Sketch of the medical history of the native army of Bombay, for the year
Year: 1876
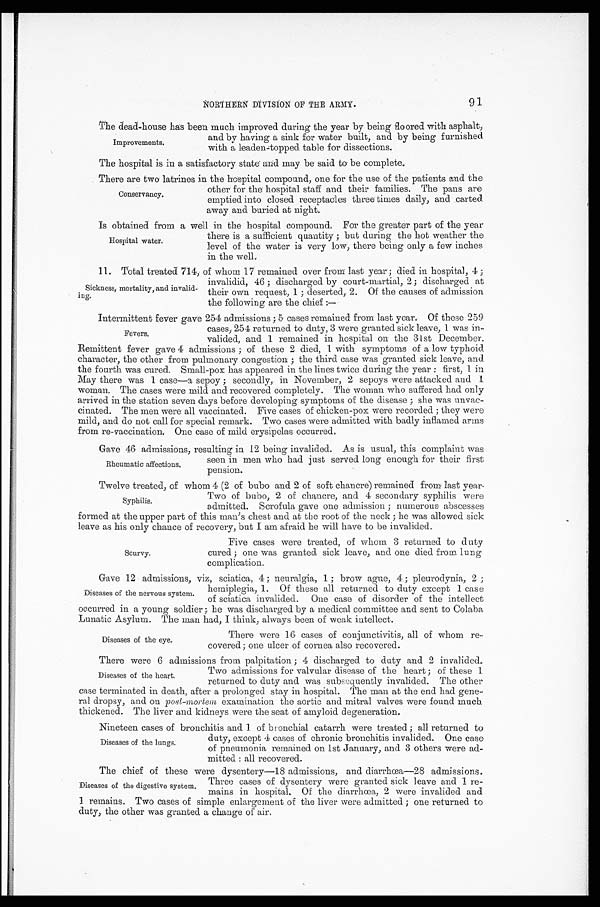
91
NORTHERN DIVISION OF THE ARMY.
The dead-house has been much improved during the year by being floored with asphalt,
and by having a sink for water built, and by being furnished
with a leaden-topped table for dissections.
The hospital is in a satisfactory state and may be said to be complete.
There are two latrines in the hospital compound, one for the use of the patients and the
other for the hospital staff and their families. The pans are
emptied into closed receptacles three times daily, and carted
a
w a y a n d b u r i e d a t n i g h t .
Is obtained from a well in the hospital compound. For the greater part of the year
there is a sufficient quantity; but during the hot weather the
level of the water is very low, there being only a few inches
in the well.
11. Total treated 714, of whom 17 remained over from last year; died in hospital, 4;
invalidid, 46; discharged by court-martial, 2; discharged at
their own request, 1; deserted, 2. Of the causes of admission
the following are the chief:—
Intermittent fever gave 254 admissions; 5 cases remained from last year. Of these 259
cases, 254 returned to duty, 3 were granted sick leave, 1 was in
-
valided, and 1 remained in hospital on the 31st December.
Remittent fever gave 4 admissions; of these 2 died, 1 with symptoms of a low typhoid
character, the other from pulmonary congestion; the third case was granted sick leave, and
the fourth was cured. Small-pox has appeared in the lines twice during the year: first, 1 in
May there was 1 case—a sepoy; secondly, in November, 2 sepoys were attacked and 1
woman. The cases were mild and recovered completely. The woman who suffered had only
arrived in the station seven days before developing symptoms of the disease; she was unvac--
cinated. The men were all vaccinated. Five cases of chicken-pox were recorded; they were
mild, and do not call for special remark. Two cases were admitted with badly inflamed arms.
from re-vaccination. One case of mild erysipelas occurred.
Gave 46 admissions, resulting in 12 being invalided. As is usual, this complaint was
seen in men who had just served long enough for their first
pension.
Twelve treated, of whom 4 (2 of bubo and 2 of soft chancre) remained from last year.
Two of bubo, 2 of chancre, and 4 secondary syphilis were
admitted. Scrofula gave one admission; numerous abscesses
formed at the upper part of this man's chest and at the root of the neck; he was allowed sick
leave as his only chance of recovery, but I am afraid he will have to be invalided.
Improvements.
c o n s e r v a n c y .
Hospital water.
Sickness, mortality, and invalid--
ing.
Fevers.
Rheumatic affections.
Syphilis.
Scurvy.
Five cases were treated, of whom 3 returned to duty
cured; one was granted sick leave, and one died from lung
complication.
Gave 12 admissions, viz, sciatica, 4; neuralgia, 1; brow ague, 4; pleurodynia, 2
hemiplegia, 1. Of these all returned to duty except 1 case
of sciatica invalided. One case of disorder of the intellect
occurred in a young soldier; he was discharged by a medical committee and sent to Colaba
Lunatic Asylum. The man had, I think, always been of weak intellect.
Diseases of the nervous system.
Diseases of the eye.
There were 16 cases of conjunctivitis, all of whom re-
covered; one ulcer of cornea also recovered.
There were 6 admissions from palpitation; 4 discharged to duty and 2 invalided.
Two admissions for valvular disease of the heart; of these 1.
returned to duty and was subsequently invalided. The other
case terminated in death, after a prolonged stay in hospital. The man at the end had gene
-ral dropsy, and on post-mortem examination the aortic and mitral valves were found much
thickened. The liver and kidneys were the seat of amyloid degeneration.
Nineteen cases of bronchitis and 1 of bronchial catarrh were treated; all returned to
duty, except 4 cases of chronic bronchitis invalided. One case
of pneumonia remained on 1st January, and 3 others were ad--
mi t t ed: al l reconvered.
Diseases of the heart.
Diseases of the lungs.
The chief of these were dysentery—18 admissions, and diarrhœa—28 admissions.
Three cases of dysentery were granted sick leave and 1 re--
mains in hospital. Of the diarrhœa, 2 were invalided and
1 remains. Two cases of simple enlargement of the liver were admitted; one returned to
duty, the other was granted a change of air.
Diseases of the digestive system.